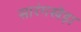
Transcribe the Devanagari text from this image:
सारंगखेड़ा